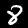
Digit: 8